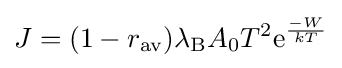
J=(1-r_{\mathrm {av} })\lambda _{\text{B}}A_{0}T^{2}\mathrm {e} ^{-W \over kT}